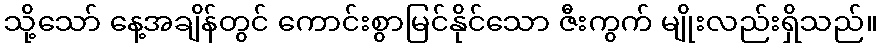
သို့သော် နေ့အချိန်တွင် ကောင်းစွာမြင်နိုင်သော ဇီးကွက် မျိုးလည်းရှိသည်။